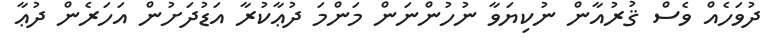
ދުވަހެއް ވެސް ޤުރުއާން ނުކިޔަވާ ނުހުންނަން މަންމަ ދުޢާކުރާ އަޑުދަށުން އަހަރެން ދުޢާ